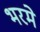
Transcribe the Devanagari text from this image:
भरमे